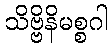
သိဗ္ဗိနိမစ္စဂါ